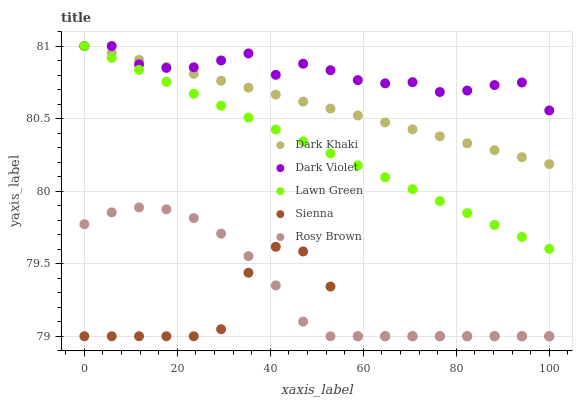
| xaxis_label | Dark Khaki | Dark Violet | Lawn Green | Sienna | Rosy Brown |
 | --- | --- | --- | --- | --- | --- |
 | 0 | 81 | 81 | 81 | 79 | 79.8 |
 | 5.88 | 81 | 81 | 80.9 | 79 | 79.9 |
 | 11.8 | 80.9 | 80.9 | 80.8 | 79 | 79.9 |
 | 17.6 | 80.9 | 80.8 | 80.8 | 79 | 79.9 |
 | 23.5 | 80.8 | 80.9 | 80.7 | 79 | 79.8 |
 | 29.4 | 80.8 | 80.9 | 80.6 | 79 | 79.7 |
 | 35.3 | 80.7 | 80.9 | 80.5 | 79.4 | 79.6 |
 | 41.2 | 80.7 | 80.8 | 80.4 | 79.6 | 79.4 |
 | 47.1 | 80.6 | 80.9 | 80.3 | 79.6 | 79.1 |
 | 52.9 | 80.6 | 80.8 | 80.3 | 79.3 | 79 |
 | 58.8 | 80.5 | 80.8 | 80.2 | 79 | 79 |
 | 64.7 | 80.5 | 80.7 | 80.1 | 79 | 79 |
 | 70.6 | 80.4 | 80.8 | 80 | 79 | 79 |
 | 76.5 | 80.4 | 80.7 | 79.9 | 79 | 79 |
 | 82.4 | 80.3 | 80.7 | 79.8 | 79 | 79 |
 | 88.2 | 80.3 | 80.7 | 79.8 | 79 | 79 |
 | 94.1 | 80.2 | 80.7 | 79.7 | 79 | 79 |
 | 100 | 80.2 | 80.6 | 79.6 | 79 | 79 |